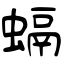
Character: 螎